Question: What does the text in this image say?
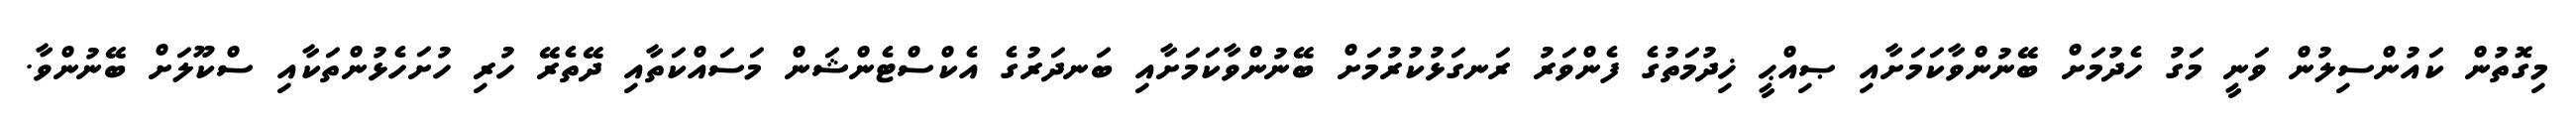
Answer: މިގޮތުން ކައުންސިލުން ވަނީ މަގު ހެދުމަށް ބޭނުންވާކަމަށާއި ޞިއްޙީ ޚިދުމަތުގެ ފެންވަރު ރަނގަޅުކުރުމަށް ބޭނުންވާކަމަށާއި ބަނދަރުގެ އެކްސްޓެންޝަން މަސައްކަތާއި ދޭތެރޭ ހުރި ހުށަހެޅުންތަކާއި ސްކޫލަށް ބޭނުންވާ.